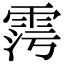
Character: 𩂧